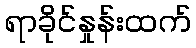
ရာခိုင်နှုန်းထက်